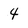
Character: 4